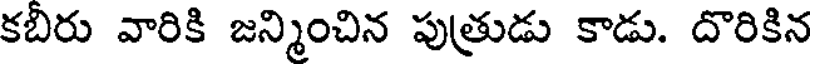
కబీరు వారికి జన్మించిన పుత్రుడు కాడు. దొరికిన